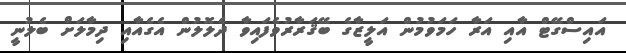
އައިސްގޭޓް އާއި އަރާ ހަމަވުމުން އަލީޒާގެ ބޭޤަރާރުވެފައިވާ ދެލޮލުން އެގެއާއި ދިމާލަށް ބެލުނީ